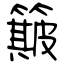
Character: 簸